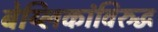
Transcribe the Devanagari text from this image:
बेय्लिकांविरुद्ध